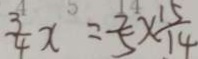
\frac { 3 } { 4 } x = \frac { 7 } { 5 } \times \frac { 1 5 } { 1 4 }